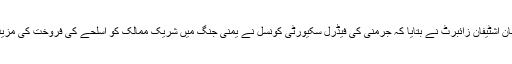
(سچ ٹائمز) وفاقی حکومت کے ترجمان اشٹیفان زائبرٹ نے بتایا کہ جرمنی کی فیڈرل سکیورٹی کونسل نے یمنی جنگ میں شریک ممالک کو اسلحے کی فروخت کی مزید اجازت دینے سے انکار کر دیا ہے۔